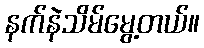
နက်နဲသိမ်မွေ့တယ်။